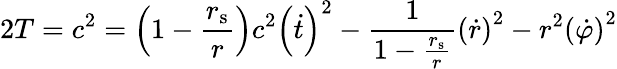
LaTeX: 2T=c^{2}=\left(1-{\frac{r_{\mathrm{{s}}}}{r}}\right)c^{2}\left({\dot{t}}\right)^{2}-{\frac{1}{1-{\frac{r_{\mathrm{{s}}}}{r}}}}\left({\dot{r}}\right)^{2}-r^{2}\left({\dot{\varphi}}\right)^{2}